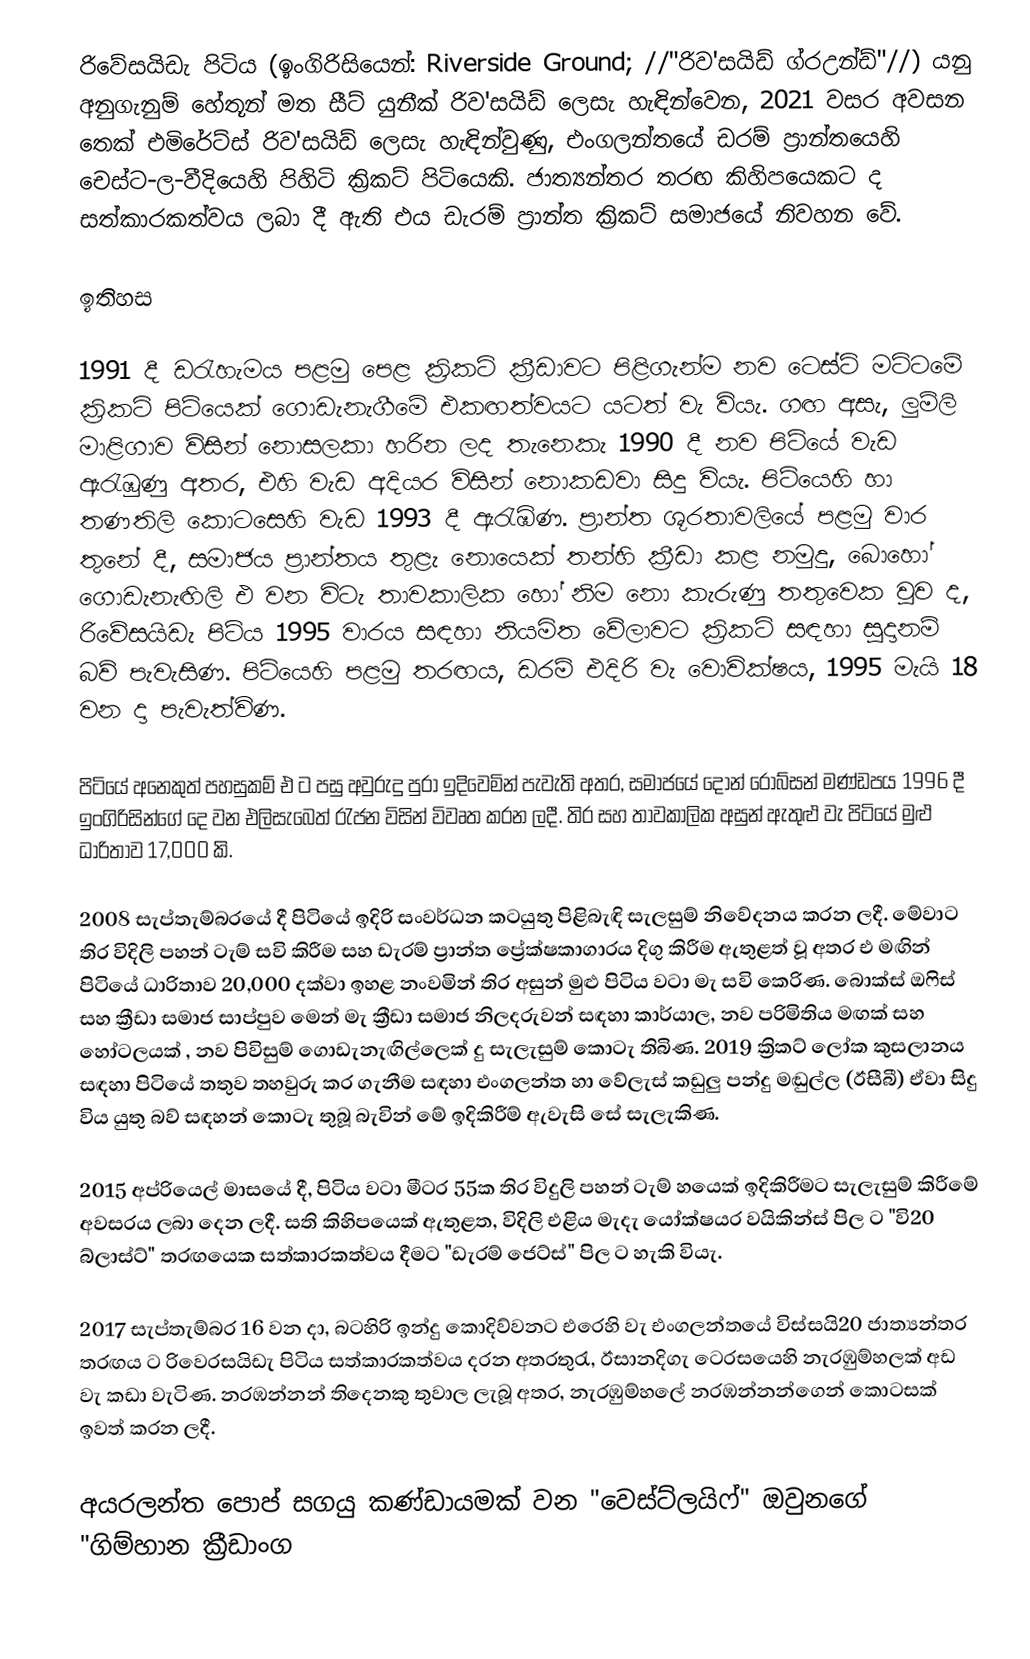
රිවේසයිඩැ පිටිය (ඉංගිරිසියෙන්: Riverside Ground; //"රිව'සයිඩ් ග්රඋන්ඩ්"//) යනු අනුගැනුම් හේතූන් මත සීට් යුනීක් රිව'සයිඩ් ලෙසැ හැඳින්වෙන, 2021 වසර අවසන තෙක් එමිරේට්ස් රිව'සයිඩ් ලෙසැ හැඳින්වුණු, එංගලන්තයේ ඩරම් ප්‍රාන්තයෙහි චෙස්ට-ල-වීදියෙහි පිහිටි ක්‍රිකට් පිටියෙකි. ජාත්‍යන්තර තරඟ කිහිපයෙකට ද සත්කාරකත්වය ලබා දී ඇති එය ඩැරම් ප්‍රාන්ත ක්‍රිකට් සමාජයේ නිවහන වේ.

ඉතිහස

1991 දී ඩරැහැමය පළමු පෙළ ක්‍රිකට් ක්‍රීඩාවට පිළිගැන්ම නව ටෙස්ට් මට්ටමේ ක්‍රිකට් පිටියෙක් ගොඩැනැගීමේ එකඟත්වයට යටත් වැ වියැ. ගඟ අසැ, ලුම්ලි මාළිගාව විසින් නොසලකා හරින ලද තැනෙකැ 1990 දී නව පිටියේ වැඩ ඇරැඹුණු අතර, එහි වැඩ අදියර විසින් නොකඩවා සිදු වියැ. පිටියෙහි හා තණතිලි කොටසෙහි වැඩ 1993 දී ඇරැඹිණ. ප්‍රාන්ත ශූරතාවලියේ පළමු වාර තුනේ දී, සමාජය ප්‍රාන්තය තුළැ නොයෙක් තන්හි ක්‍රීඩා කළ නමුදු, බොහෝ ගොඩැනැඟිලි එ වන විටැ තාවකාලික හෝ නිම නො කැරුණු තතුවෙක වූව ද, රිවේසයිඩැ පිටිය 1995 වාරය සඳහා නියමිත වේලාවට ක්‍රිකට් සඳහා සූදානම් බව් පැවැසිණ. පිටියෙහි පළමු තරඟය, ඩරම් එදිරි වැ වොවික්ෂය, 1995 මැයි 18 වන දා පැවැත්විණ.

පිටියේ අනෙකුත් පහසුකම් එ ට පසු අවුරුදු පුරා ඉදිවෙමින් පැවැති අතර, සමාජයේ දොන් රොබ්සන් මණ්ඩපය 1996 දී ඉංගිරිසින්ගේ දෙ වන එලිසැබෙත්  රැජන විසින් විවෘත කරන ලදී. තිර සහ තාවකාලික අසුන් ඇතුළු වැ පිටියේ මුළු ධාරිතාව 17,000 කි.

2008 සැප්තැම්බරයේ දී පිටියේ ඉදිරි සංවර්ධන කටයුතු පිළිබැඳි සැලසුම් නිවේදනය කරන ලදී.  මේවාට තිර විදිලි පහන් ටැම් සවි කිරීම සහ ඩැරම් ප්‍රාන්ත ප්‍රේක්ෂකාගාරය දිගු කිරීම ඇතුළත් වූ අතර එ මඟින් පිටියේ ධාරිතාව 20,000 දක්වා ඉහළ නංවමින් තිර අසුන් මුළු පිටිය වටා මැ සවි කෙරිණ. බොක්ස් ඔෆිස් සහ ක්‍රීඩා සමාජ සාප්පුව මෙන් මැ ක්‍රීඩා සමාජ නිලදරුවන් සඳහා කාර්යාල, නව පරිමිතිය මඟක් සහ හෝටලයක් , නව පිවිසුම් ගොඩැනැඟිල්ලෙක් දු සැලැසුම් කොටැ තිබිණ. 2019 ක්‍රිකට් ලෝක කුසලානය සඳහා පිටියේ තතුව තහවුරු කර ගැනීම සඳහා එංගලන්ත හා වේලැස් කඩුලු පන්දු මඬුල්ල (ඊසීබී) ඒවා සිදු විය යුතු බව් සඳහන් කොටැ තුබූ බැවින් මේ ඉදිකිරීම් ඇවැසි සේ සැලැකිණ.

2015 අප්රියෙල් මාසයේ දී, පිටිය වටා මීටර 55ක තිර විදුලි පහන් ටැම් හයෙක් ඉදිකිරීමට සැලැසුම් කිරීමේ අවසරය ලබා දෙන ලදී. සති කිහිපයෙක් ඇතුළත, විදිලි එළිය මැදැ යෝක්ෂයර වයිකින්ස් පිල ට "වි20 බ්ලාස්ට්" තරඟයෙක සත්කාරකත්වය දීමට "ඩැරම් ජෙට්ස්" පිල ට හැකි වියැ.

2017 සැප්තැම්බර 16 වන දා, බටහිරි ඉන්දු කොදිව්වනට එරෙහි වැ එංගලන්තයේ විස්සයි20 ජාත්‍යන්තර තරඟය ට රිවෙරසයිඩැ පිටිය සත්කාරකත්වය දරන අතරතුරැ, ඊසානදිගැ ටෙරසයෙහි නැරඹුම්හලක් අඩ වැ කඩා වැටිණ. නරඹන්නන් තිදෙනකු තුවාල ලැබූ අතර, නැරඹුම්හලේ නරඹන්නන්ගෙන් කොටසක් ඉවත් කරන ලදී.

අයරලන්ත පොප් සගයු කණ්ඩායමක් වන "වෙස්ට්ලයිෆ්" ඔවුනගේ "ගිම්හාන ක්‍රීඩාංග